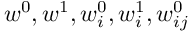
w ^ { 0 } , w ^ { 1 } , w _ { i } ^ { 0 } , w _ { i } ^ { 1 } , w _ { i j } ^ { 0 }